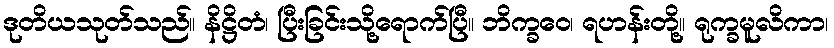
ဒုတိယသုတ်သည်။ နိဋ္ဌိတံ၊ ပြီးခြင်းသို့ရောက်ပြီ။ ဘိက္ခဝေ၊ ရဟန်းတို့။ ရုက္ခမူလိကာ၊